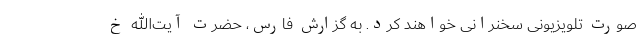
صورت تلویزیونی سخنرانی خواهند کرد. به گزارش فارس، حضرت آیت‌الله خ